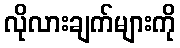
လိုလားချက်များကို